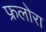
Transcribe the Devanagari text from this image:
फ्रलोरा